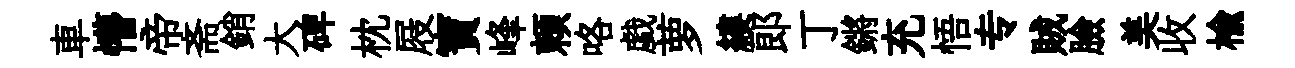
車懵帝斋銷大碑枕屐寶峰頼咯戯萝縷郞丁鏘充悟专賊臉美收榆